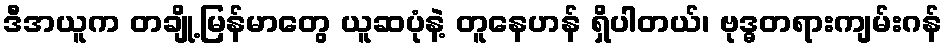
ဒီအယူက တချို့မြန်မာတွေ ယူဆပုံနဲ့ တူနေဟန် ရှိပါတယ်၊ ဗုဒ္ဓတရားကျမ်းဂန်